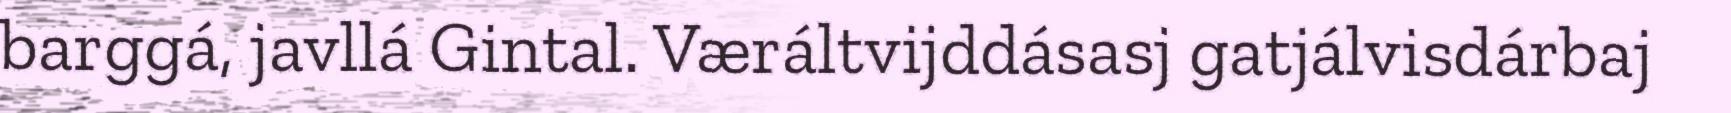
barggá, javllá Gintal. Væráltvijddásasj gatjálvisdárbaj